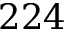
2 2 4